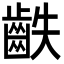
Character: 𪗫